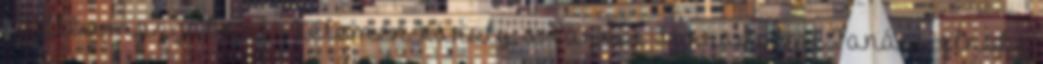
csillés mozgalmat”. Kelemen Károly, a Városi Forradalmi Tanács elnöke